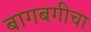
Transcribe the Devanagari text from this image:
बागबगीचा